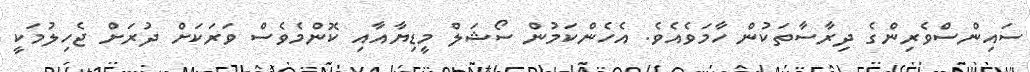
ސައިންސްވެރިންގެ ދިރާސާތަކުން ހާމަވެއެވެ. އެހެންކަމުން ސޯޝަލް މީޑިޔާއާއި ކޮންމެވެސް ވަރަކަށް ދުރަށް ޖެހިލުމަކީ